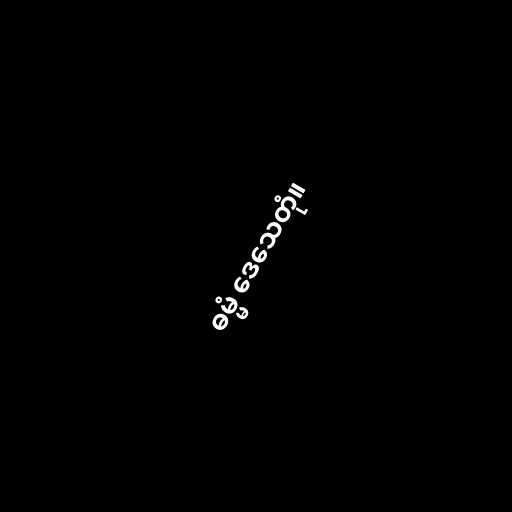
ဓမ္မံ ဒေသေတုံ။